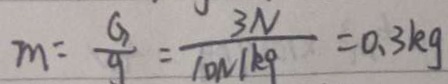
m = \frac { G } { g } = \frac { 3 N } { 1 0 N / k 9 } = 0 . 3 k g